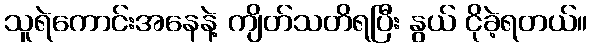
သူရဲကောင်းအနေနဲ့ ကျိတ်သတိရပြီး နွယ် ငိုခဲ့ရတယ်။